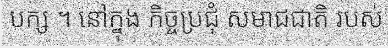
បក្ស ។ នៅក្នុង កិច្ចប្រជុំ សមាជជាតិ របស់